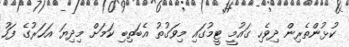
ކުޅުންތެރިން ދިވެހި ގައުމީ ޓީމުގައި މިވަގުތު އެބަތިބި ކަމަށް މިދިޔަ އަހަރުގެ ފަހު